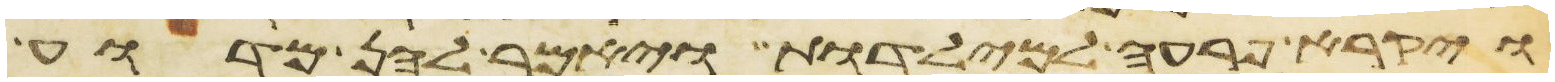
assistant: ויקרא פרעה למילדות ויאמר להן מדוע